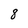
Character: 8